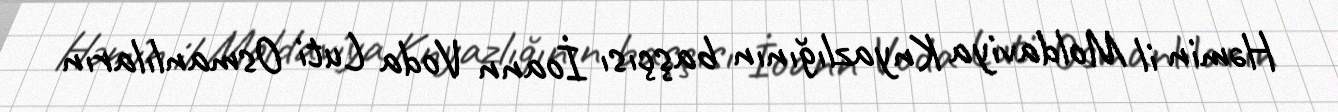
Həmin il Moldaviya Knyazlığının başçısı İoann Voda Luti Osmanlıların